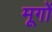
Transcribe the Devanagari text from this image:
मूगों